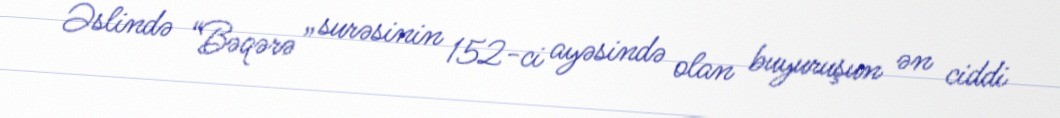
Əslində “Bəqərə” surəsinin 152-ci ayəsində olan buyuruşun ən ciddi